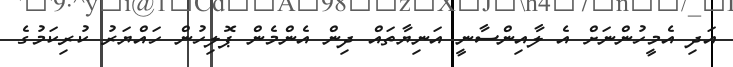
އަދި އެމީހުންނަށް އެ ލާއިންސާނީ އަނިޔާތައް ދިން އެންމެން ޕޮލިހުން ހައްޔަރު ކުރިކަމުގެ